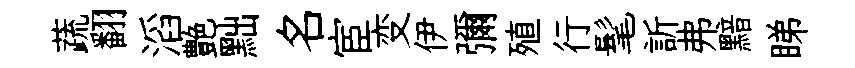
蔬翻滔艶黜名宦变伊彌殖行髦訢弗黯睇